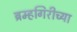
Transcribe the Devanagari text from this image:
ब्रम्हगिरीच्या